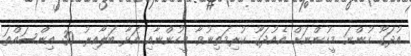
އުދަގޫ ހުންނަ މީހުންނަށް އެއުދަގޫ ކުރިމަތިނުވާ މީހުންނާއި އަޅާ ބަލާއިރު 30 އިންސައްތަ